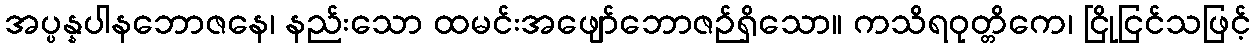
အပ္ပန္နပါနဘောဇနေ၊ နည်းသော ထမင်းအဖျော်ဘောဇဉ်ရှိသော။ ကသိရဝုတ္တိကေ၊ ငြိုငြင်သဖြင့်